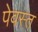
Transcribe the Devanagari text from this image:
पेवस्त